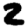
Digit: 2